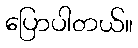
ပြောပါတယ်။